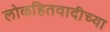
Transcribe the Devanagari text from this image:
लोकहितवादीच्या